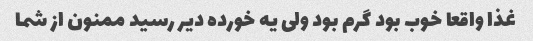
غذا واقعا خوب بود گرم بود ولی یه خورده دیر رسید ممنون از شما